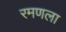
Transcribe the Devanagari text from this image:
रमणला